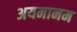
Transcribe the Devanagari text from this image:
अयमानम